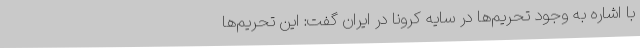
با اشاره به وجود تحریم‌ها در سایه کرونا در ایران گفت: این تحریم‌ها